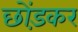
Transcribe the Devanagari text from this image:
छोंड़कर